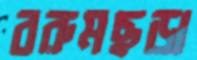
বরুমছড়া